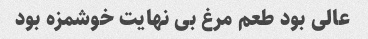
عالی بود طعم مرغ بی نهایت خوشمزه بود